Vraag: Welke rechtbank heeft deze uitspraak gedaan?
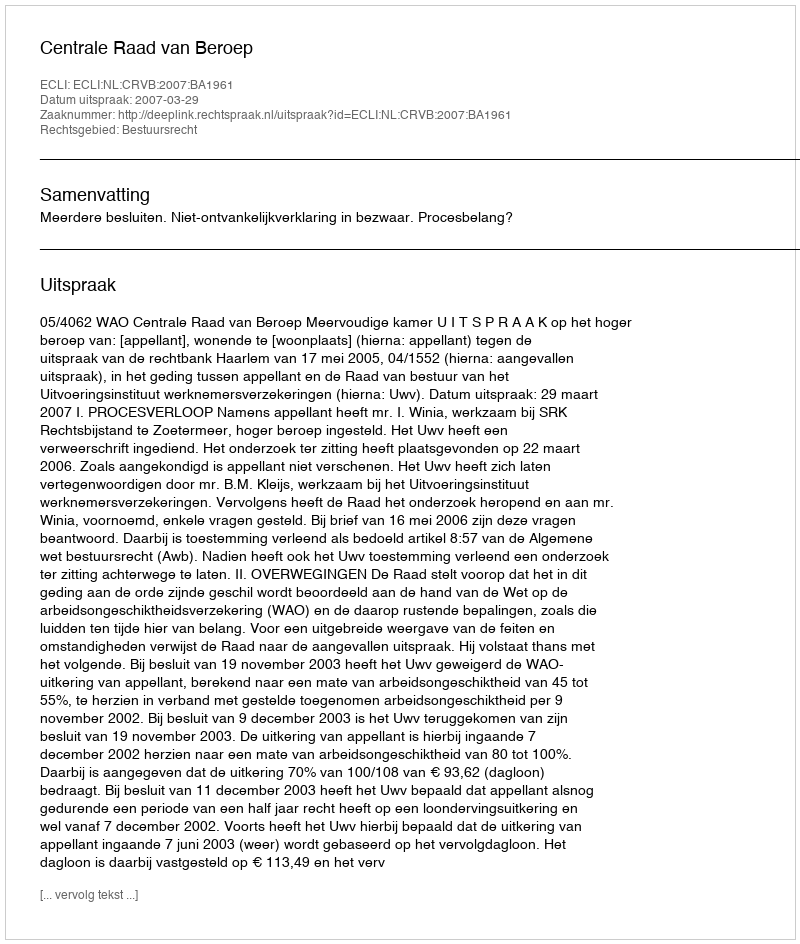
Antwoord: Centrale Raad van Beroep